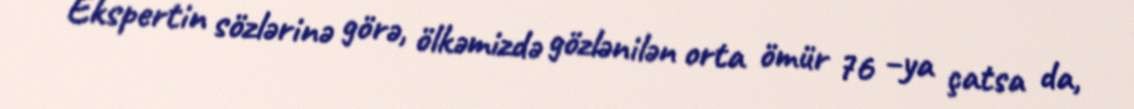
Ekspertin sözlərinə görə, ölkəmizdə gözlənilən orta ömür 76 –ya çatsa da,